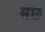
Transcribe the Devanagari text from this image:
मछ